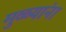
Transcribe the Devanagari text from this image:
मुळ्यांना